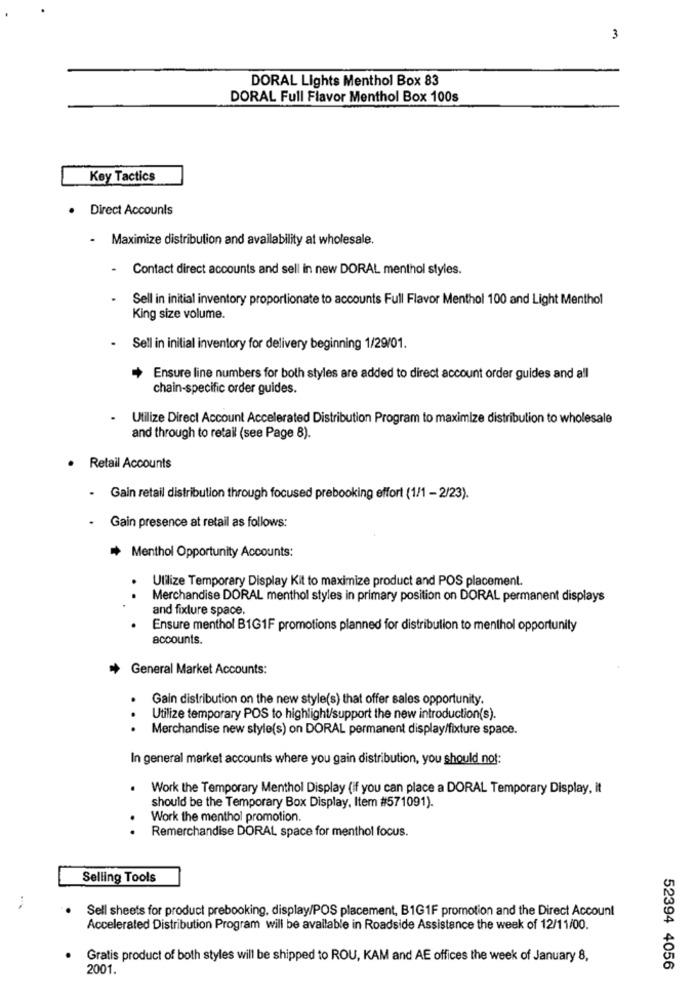
3
DORAL Lights Menthol Box 83
DORAL Full Flavor Menthol Box 100s
Key Tactics
· Direct Accounts
.
Maximize distribution and availability at wholesale.
Contact direct accounts and sell in new DORAL menthol styles.
Sell in initial inventory proportionate to accounts Full Flavor Menthol 100 and Light Menthol
King size volume.
Sell in initial inventory for delivery beginning 1/29/01.
Ensure line numbers for both styles are added to direct account order guides and all
chain-specific order guides.
Utilize Direct Account Accelerated Distribution Program to maximize distribution to wholesale
and through to retail (see Page 8).
Retail Accounts
- Gain retail distribution through focused prebooking effort (1/1 -2/23).
Gain presence at retail as follows:
Menthol Opportunity Accounts:
Utilize Temporary Display Kit to maximize product and POS placement.
..
Merchandise DORAL menthol styles in primary position on DORAL permanent displays
and fixture space
Ensure menthol B1G1F promotions planned for distribution to menthol opportunity
accounts.
General Market Accounts:
Gain distribution on the new style(s) that offer sales opportunity.
Utilize temporary POS to highlight/support the new introduction(s).
...
Merchandise new style(s) on DORAL permanent display/fixture space.
In general market accounts where you gain distribution, you should not:
.
Work the Temporary Menthol Display (if you can place a DORAL Temporary Display, it
should be the Temporary Box Display, Item #571091).
Work the menthol promotion.
. .
Remerchandise DORAL space for menthol focus.
Selling Tools
Sell sheets for product prebooking, display/POS placement, B1G1F promotion and the Direct Account
Accelerated Distribution Program will be available in Roadside Assistance the week of 12/11/00.
Gratis product of both styles will be shipped to ROU, KAM and AE offices the week of January 8,
2001.
52394 4056